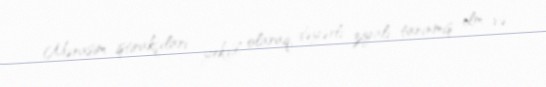
Mərasim iştirakçıları yekdil olaraq, dəyərli ziyalı, tanınmış elm və